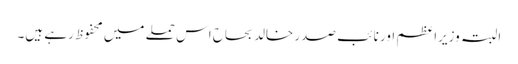
البتہ وزیراعظم اور نائب صدر خالد بحاح اس حملے میں محفوظ رہے ہیں۔